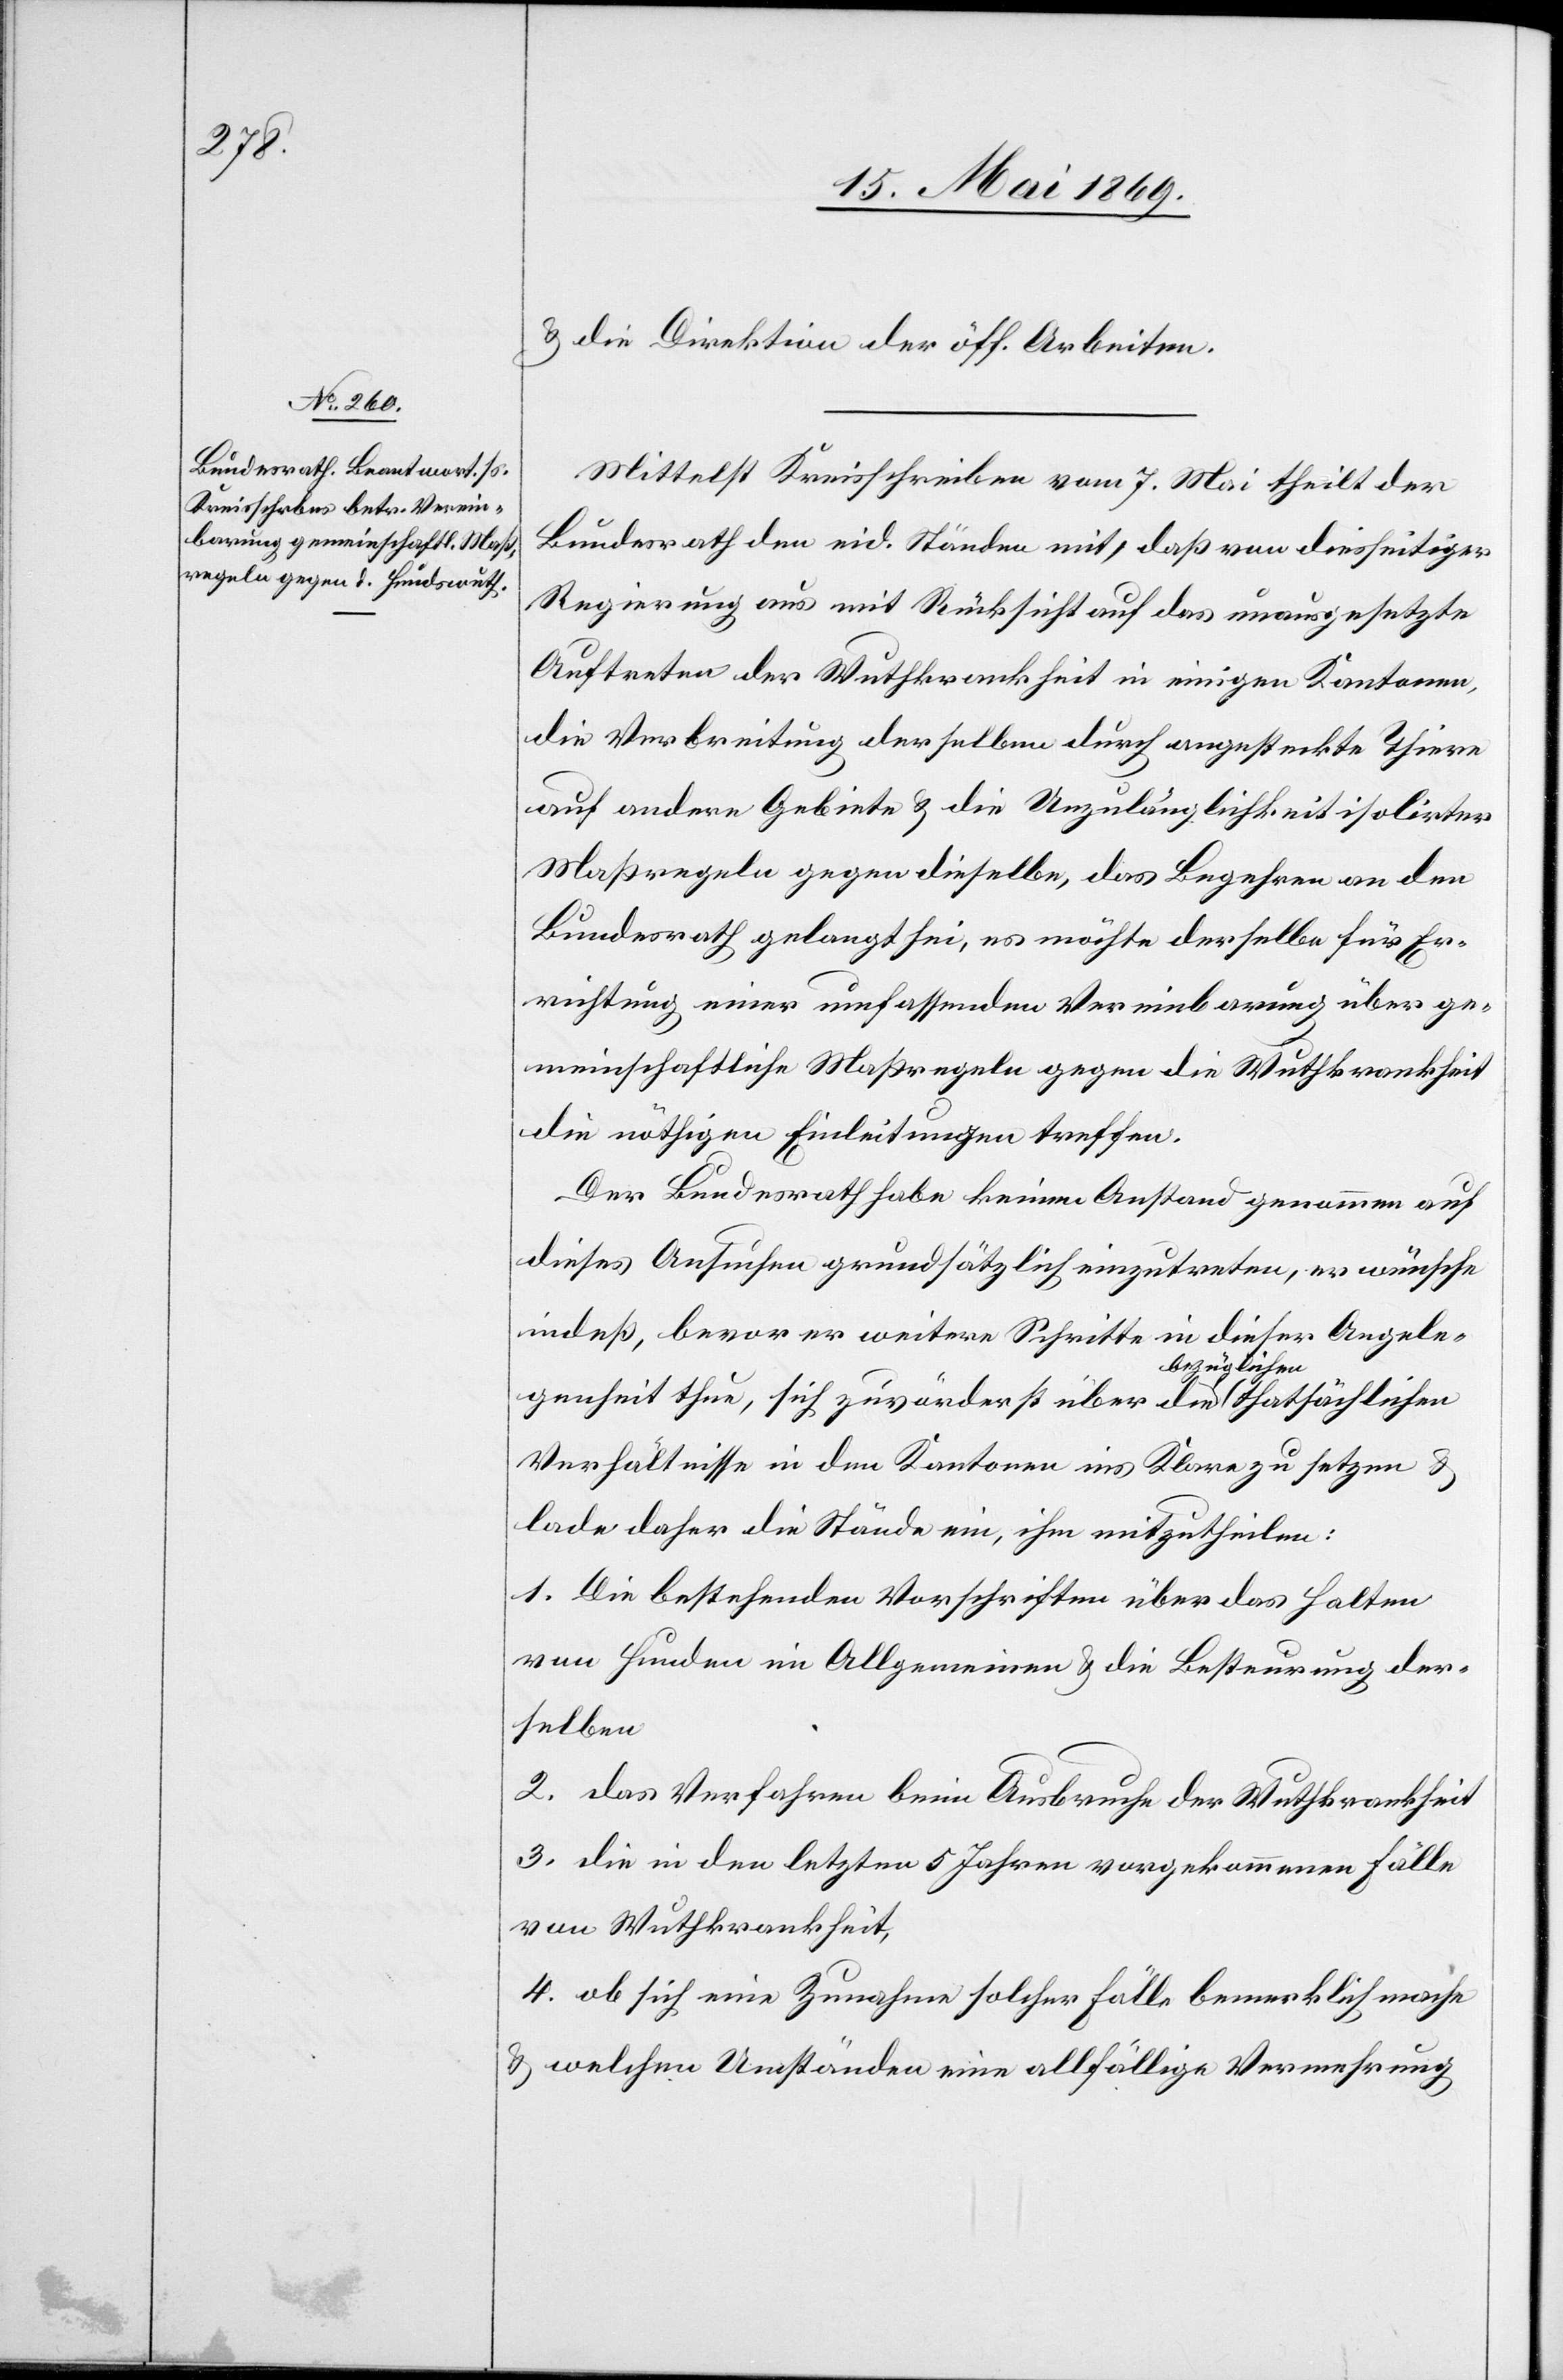
u. die Direktion der öff. Arbeiten.
Mittelst Kreisschreiben vom 7. Mai theilt der
Bundesrath den eid. Ständen mit, daß von diesseitiger
Regierung aus mit Rücksicht auf das unausgesetzte
Auftreten der Wuthkrankheit in einigen Kantonen,
die Verbreitung derselben durch angesteckte Thiere
auf andere Gebiete u. die Unzulänglichkeit isolirter
Maßregeln gegen dieselbe, das Begehren an den
Bundesrath gelangt sei, es möchte derselbe für Er¬
richtung einer umfassenden Vereinbarung über ge¬
meinschaftliche Maßregeln gegen die Wuthkrankheit
die nöthigen Einleitungen treffen.
Der Bundesrath habe keinen Anstand genommen auf
dieses Ansuchen grundsätzlich einzutreten, er wünsche
indeß, bevor er weitere Schritte in dieser Angele¬
genheit thue, sich zuvörderst über den bezüglichen
Verhältnisse in den Kantonen ins Klare zu setzen u.
lade daher die Stände ein, ihm mitzutheilen:
1. Die bestehenden Vorschriften über das Halten
von Hunden im Allgemeinen u. die Besteuerung der¬
selben
2. Das Verfahren beim Ausbruche der Wuthskrankheit
3. Die in den letzten 5 Jahren vorgekommenen Fälle
von Wuthkrankheit,
4. ob sich eine Zunahme solcher Fälle bemerklich mache
u. welchen Umständen eine allfällige Vermehrung